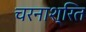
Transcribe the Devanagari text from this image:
चरनाश्रित